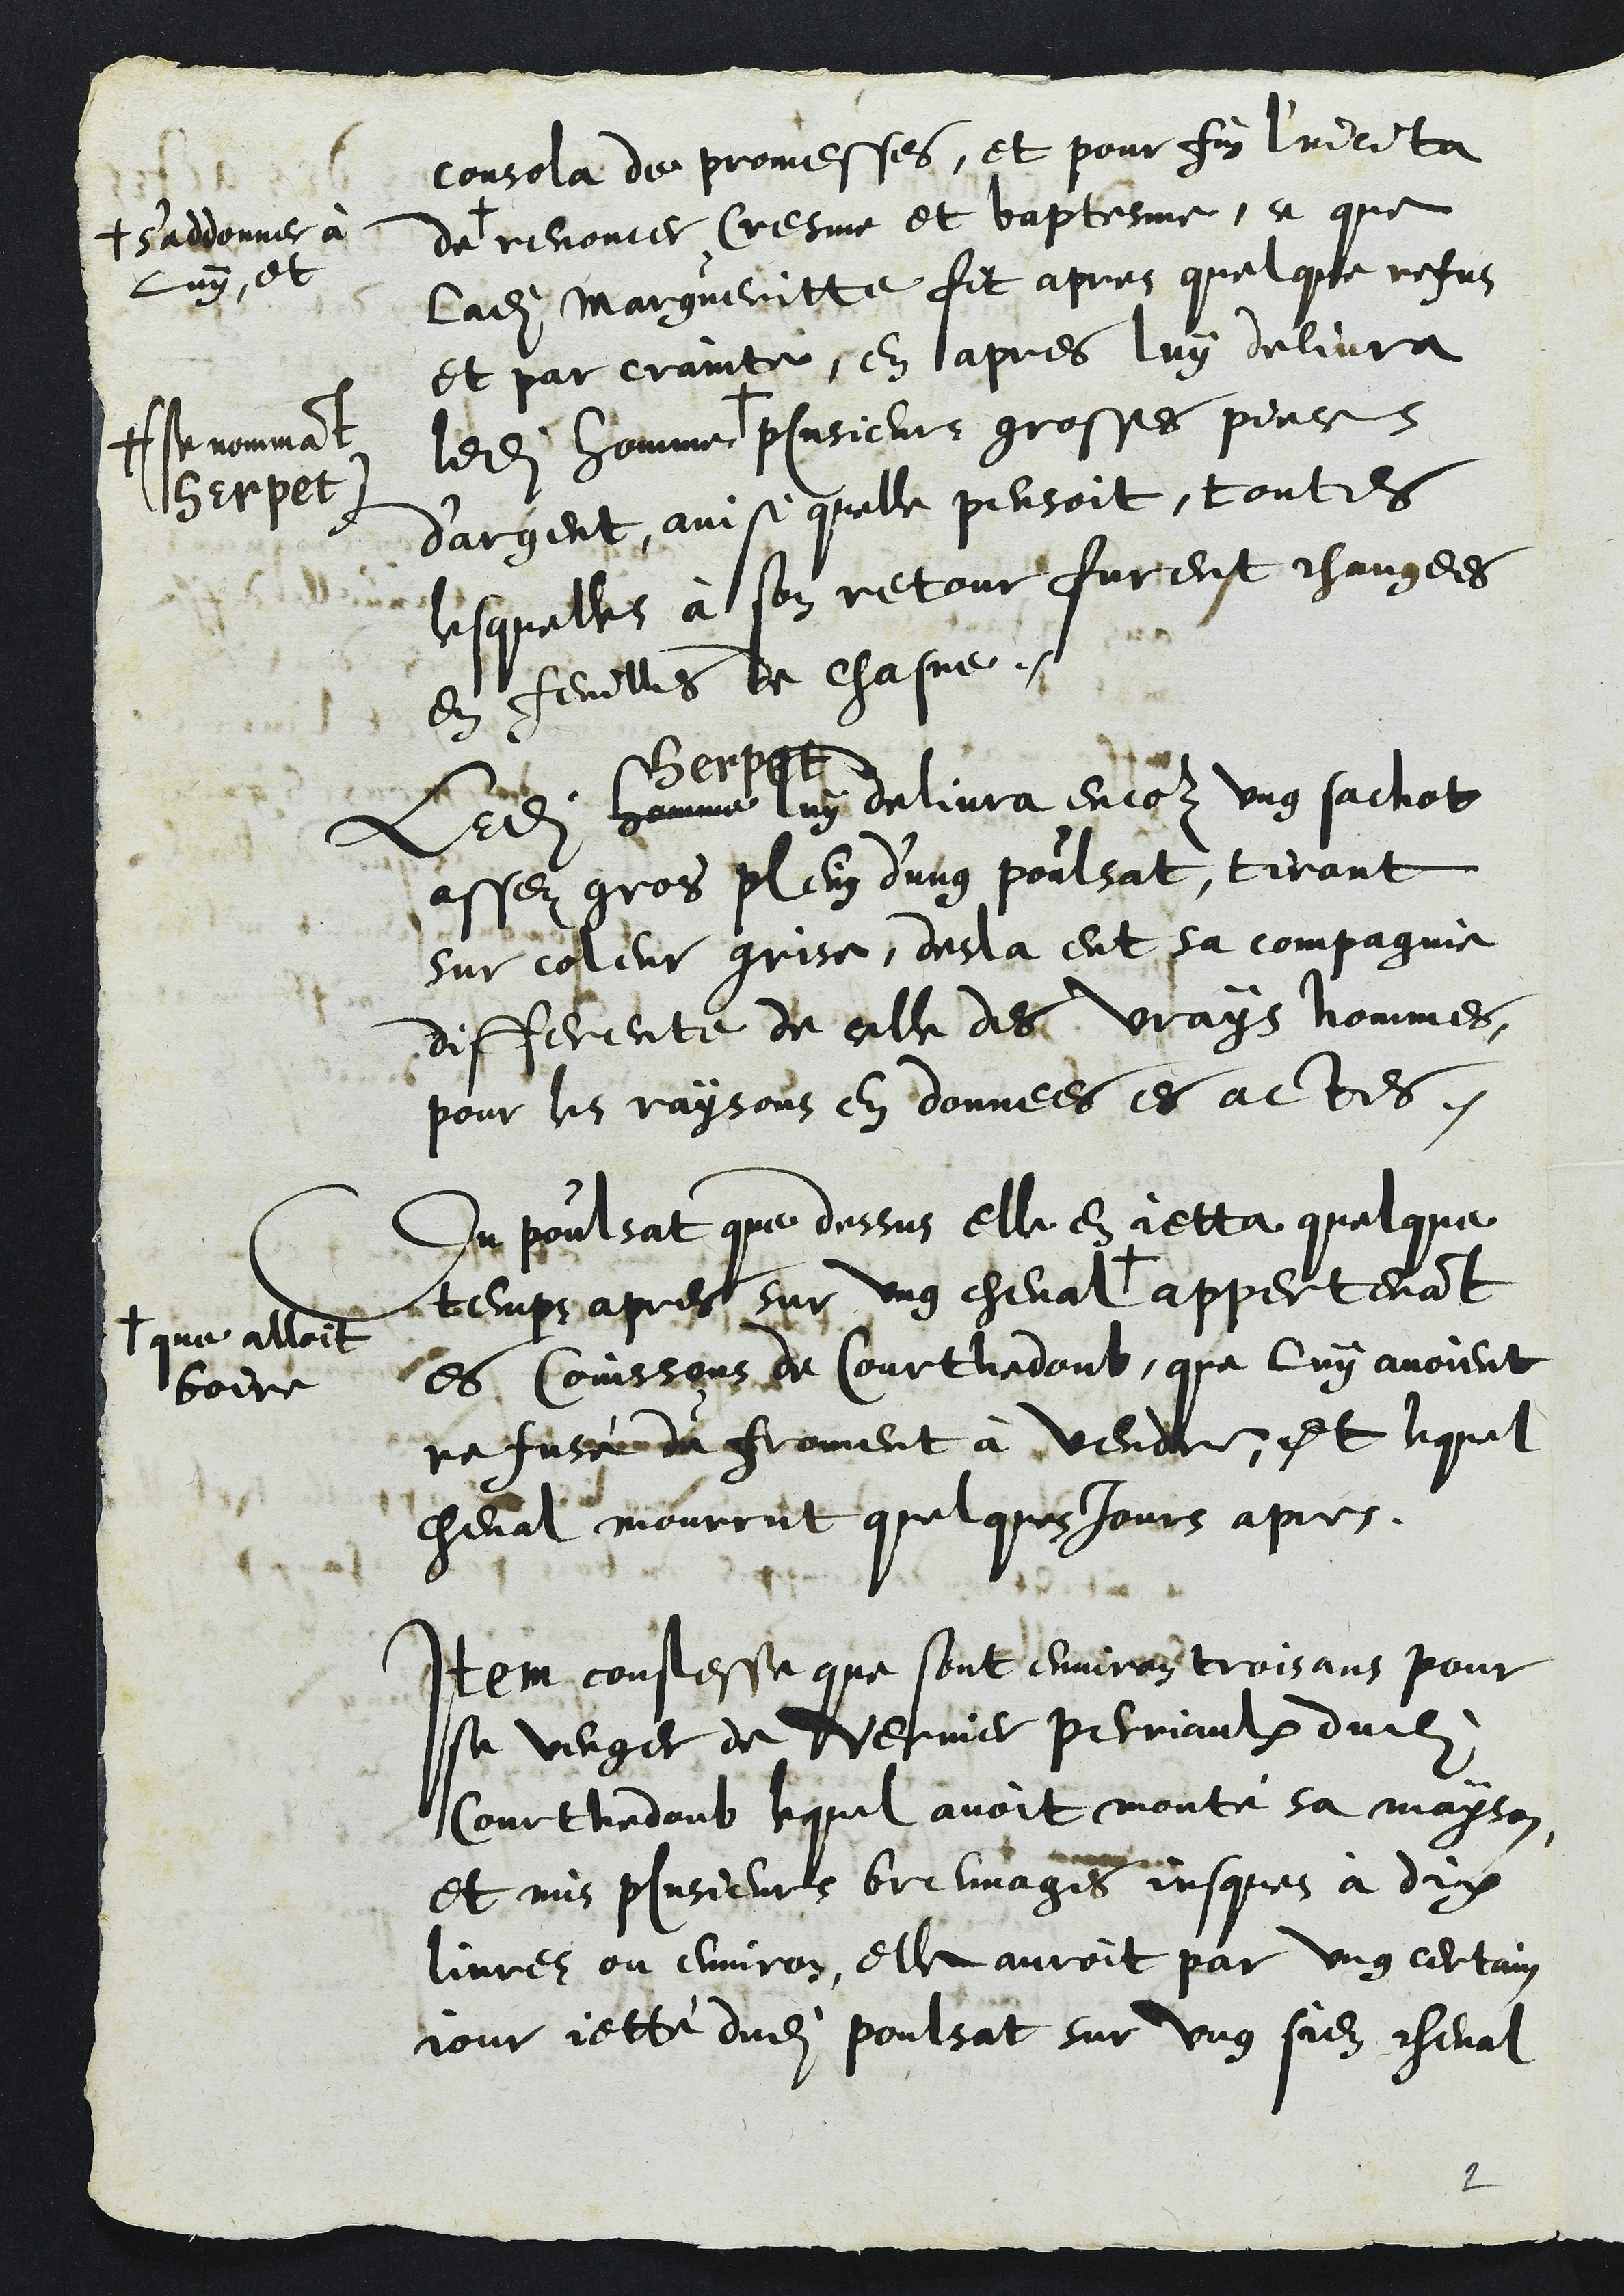
consola de promesses, et pour fin l'incita
de +
+ s'addonner à
luy, et
renoncer Cresme et baptesme, ce que
ladite Margueritte fit apres quelque refus
et par crainte, en apres luy delivra
ledit homme +
+ (se nommant
Herpet)
plusieurs grosses pieces
d'argent, ainsi quelle pensoit, toutes
lesquelles à son retour furent changees
en feuilles de chasne.
Ledit homme
Herpet
luy delivra encor ung sachot
assez gros plein d'ung poulsat, tirant
sur coleur grise, desla eut sa compagnie
differente de celle des vrays hommes,
pour les raisons en donnees es actes.
Du poulsat que dessus elle en jetta quelque
temps apres sur ung cheval +
+ que alloit
boire
appertenant
es Coinssons de Courthedoub, que luy avoient
refusé du froment à vendre, et lequel
cheval mourrut quelques jours apres.
Item confesse que sont environ trois ans pour
se venger de Vernier Perriaulx dudit
Courthedoub lequel avoit monté sa mayson
et mis plusieurs breuvages jusques à dix
livres ou environ, elle auroit par ung certain
jour jette dudit poulsat sur ung sien cheval
2